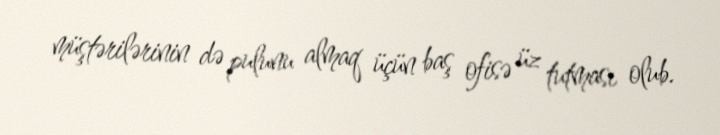
müştərilərinin də pulunu almaq üçün baş ofisə üz tutması olub.